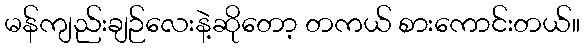
မန်ကျည်းချဉ်လေးနဲ့ဆိုတော့ တကယ် စားကောင်းတယ်။